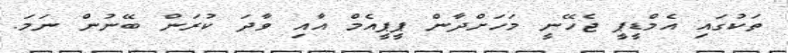
ތަކުގައި އެމްޑީޕީ ޖެހޭނީ މަހަށްދާން ޕީޕީއެމް އާއި ވާދަ ކުރަން ބޭނުން ނަމަ.